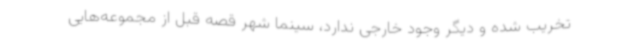
تخریب شده و دیگر وجود خارجی ندارد، سینما شهر قصه قبل از مجموعه‌هایی